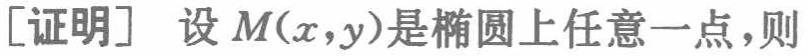
[证明] 设 \(M(x,y)\)是椭圆上任意一点，则